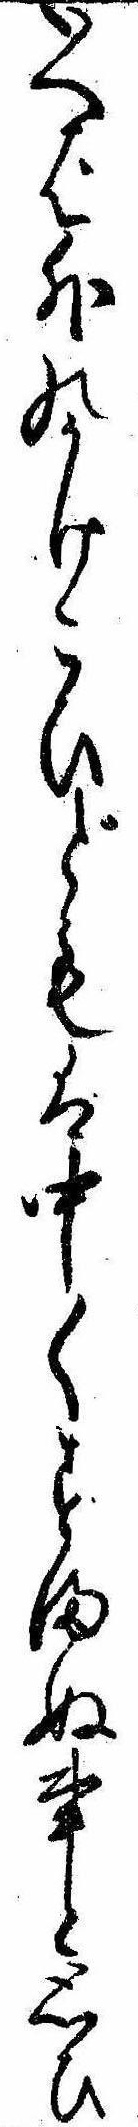
いへば外のかけこひどもは中〱すまぬ事と思ひ